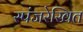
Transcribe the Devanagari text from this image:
स्पंजरेखित